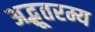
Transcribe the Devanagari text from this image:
अद्भूतरम्य